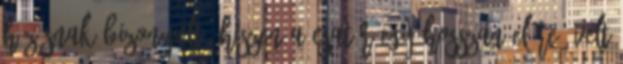
húzásnak bizonyult, hiszen a csatár egy hosszan előre ívelt